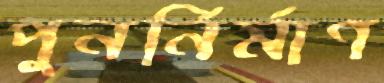
পুনর্নির্মাণ